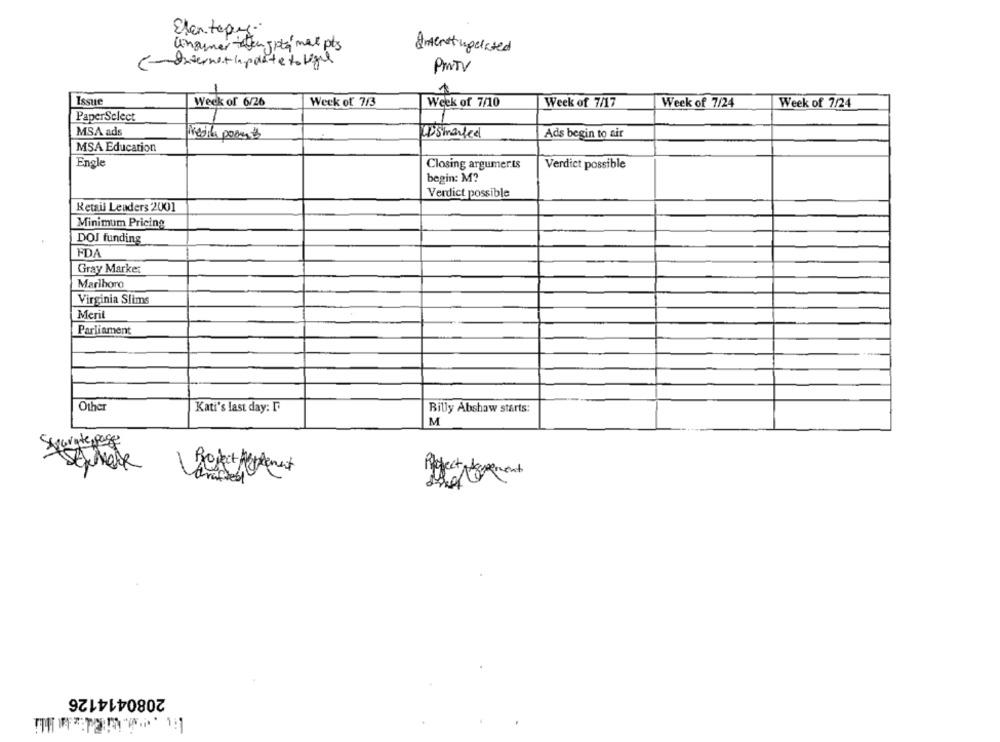
Eten tepes.
ungmer -en sità max pts
Intenst ungelated
< - Interne + lapdate to legal
PINTV
1
Issue
Week of 6/26
Week of 7/3
Week of 7/10
Week of 7/17
Week of 7/24
Week of 7/24
PaperSelect
MSA ads
D'smarted
Ads begin to air
resila posen
MSA Education
Engle
Closing argumerts
Verdict possible
begin: M?
Verdict possible
Retail Leaders 2001
Minimum Pricing
DOJ funding
FDA
Gray Market
Marlboro
Virginia Slims
Merit
Parliament
Other
Kati's last day: I
Billy Abshaw starts:
M
Separate page
Reket Netement
2080414126